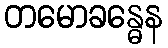
တမောခန္ဓေန